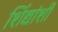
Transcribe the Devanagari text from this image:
शिंद्यांशी